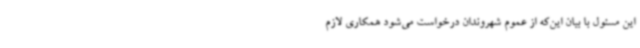
این مسئول با بیان این‌که از عموم شهروندان درخواست می‌شود همکاری لازم